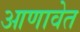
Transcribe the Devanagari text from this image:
आणावेत